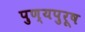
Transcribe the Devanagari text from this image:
पुण्यपुरूष